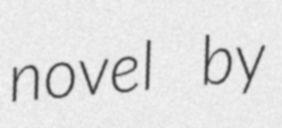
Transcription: novel by